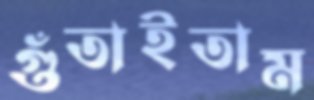
গুঁতাইতাম